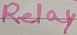
Text: Reiay